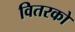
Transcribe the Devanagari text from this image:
वितरको